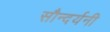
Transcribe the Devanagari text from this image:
सौन्दर्यनी